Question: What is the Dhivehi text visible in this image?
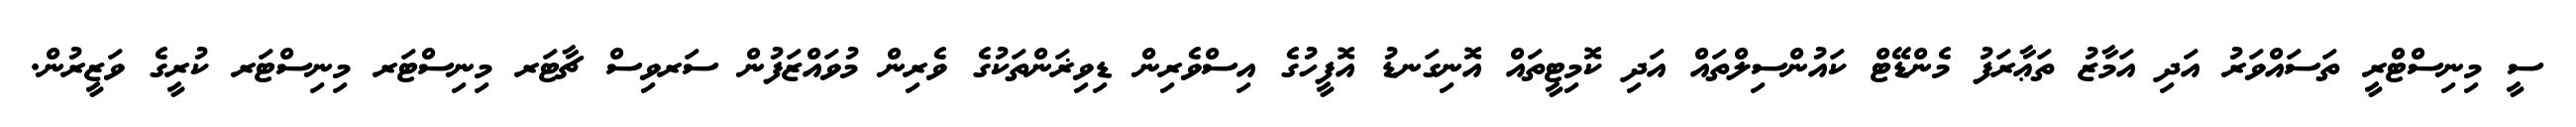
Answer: ސީ މިނިސްޓްރީ ތަސައްވަރު އަދި އަމާޒު ތަޢާރަފު މެންޑޭޓް ކައުންސިލްތައް އަދި ކޮމިޓީތައް އޮނިގަނޑު އޮފީހުގެ އިސްވެރިން ޑިވިޜަންތަކުގެ ވެރިން މުވައްޒަފުން ސަރވިސް ޗާޓަރ މިނިސްޓަރ މިނިސްޓަރ ކުރީގެ ވަޒީރުން.